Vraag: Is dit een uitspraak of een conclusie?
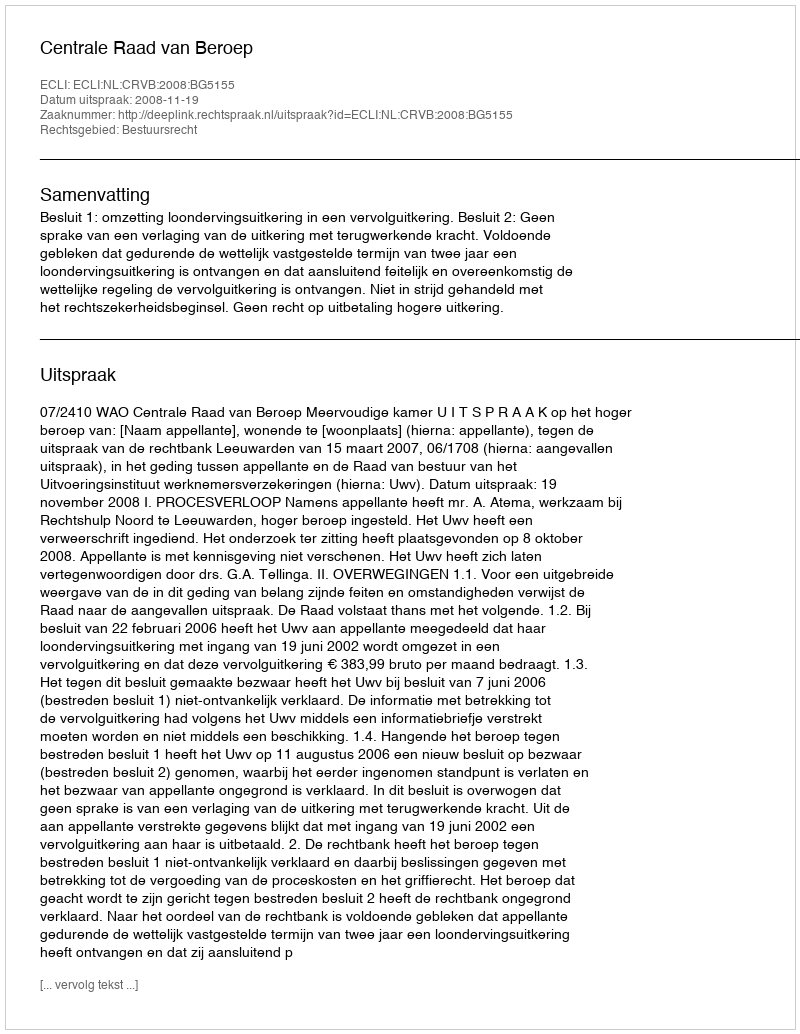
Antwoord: Uitspraak